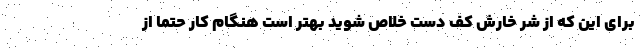
برای این که از شر خارش کف دست خلاص شوید بهتر است هنگام کار حتما از